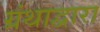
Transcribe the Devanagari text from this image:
ग्रंथाद्वारा